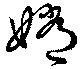
嫦